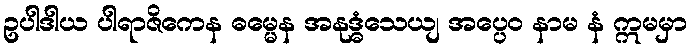
ဥပါဒါယ ပါရာဇိကေန ဓမ္မေန အနုဒ္ဓံသေယျ အပ္ပေဝ နာမ နံ ဣမမှာ